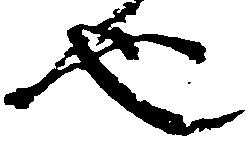
也